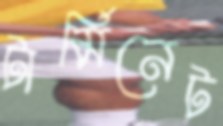
টার্মিনেট